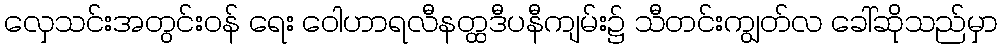
လှေသင်းအတွင်းဝန် ရေး ဝေါဟာရလီနတ္ထဒီပနီကျမ်း၌ သီတင်းကျွတ်လ ခေါ်ဆိုသည်မှာ